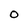
Character: O